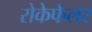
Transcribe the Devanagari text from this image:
रोकेफेलर